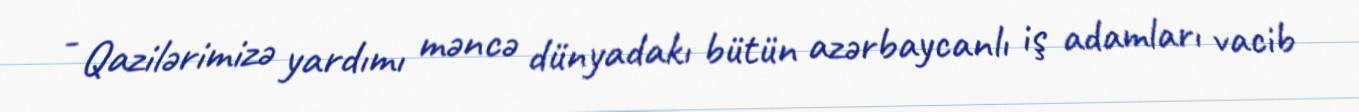
- Qazilərimizə yardımı məncə dünyadakı bütün azərbaycanlı iş adamları vacib